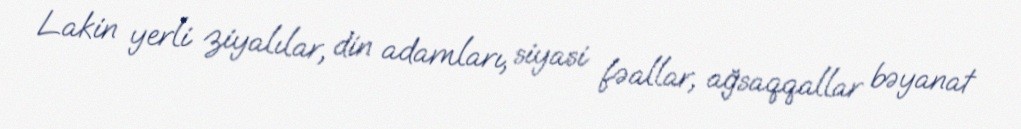
Lakin yerli ziyalılar, din adamları, siyasi fəallar, ağsaqqallar bəyanat